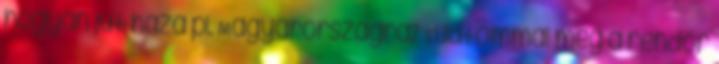
hogyan jut haza pl. Magyarországra? Tudtommal még a rendőr